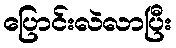
ပြောင်းလဲလာပြီး